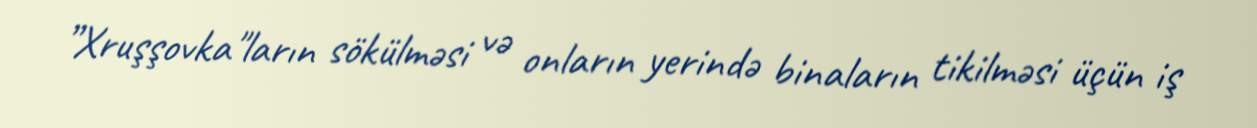
”Xruşşovka"ların sökülməsi və onların yerində binaların tikilməsi üçün iş